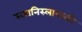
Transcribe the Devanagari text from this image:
स्त्नानिस्लावस्की